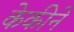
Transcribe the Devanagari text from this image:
केकीने